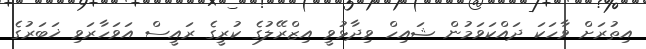
އިތުރަށް ވާހަކަ ދައްކަވަމުން ޝައިހް ވިދާޅުވީ އިޒްރޭލުގެ ކުރީގެ ރައީސް އަވަހާރަވި ޚަބަރުގެ